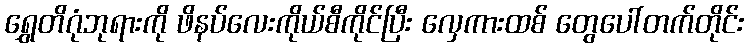
ရွှေတိဂုံဘုရားကို ဖိနပ်လေးကိုယ်စီကိုင်ပြီး လှေကားထစ် တွေပေါ်တက်တိုင်း